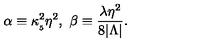
\alpha \equiv \kappa _ { _ 5 } ^ { 2 } \eta ^ { 2 } , \ \beta \equiv \frac { \lambda \eta ^ { 2 } } { 8 | \Lambda | } .